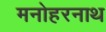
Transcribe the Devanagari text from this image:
मनोहरनाथ